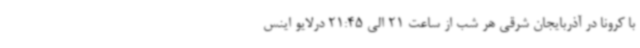
با کرونا در آذربایجان شرقی هر شب از ساعت 21 الی 21:45 درلایو اینس